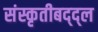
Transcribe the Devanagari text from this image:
संस्कृतीबद्द्ल